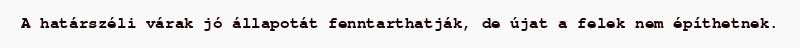
A határszéli várak jó állapotát fenntarthatják, de újat a felek nem építhetnek.